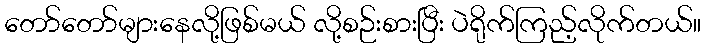
တော်တော်များနေလို့ဖြစ်မယ် လို့စဉ်းစားပြီး ပဲရိုက်ကြည့်လိုက်တယ်။